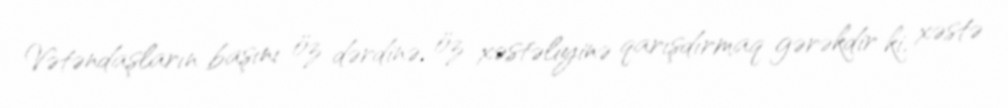
Vətəndaşların başını öz dərdinə, öz xəstəliyinə qarışdırmaq gərəkdir ki, xəstə